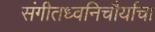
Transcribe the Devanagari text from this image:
संगीतध्वनिचौर्याचा